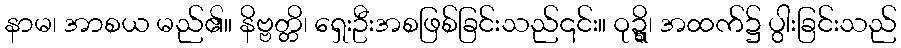
နာမ၊ အာစယ မည်၏။ နိဗ္ဗတ္တိ၊ ရှေးဦးအစဖြစ်ခြင်းသည်၎င်း။ ဝုဍ္ဍ္ဎိ၊ အထက်၌ ပွါးခြင်းသည်